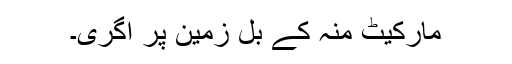
مارکیٹ منہ کے بل زمین پر آگری۔